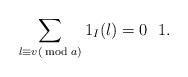
LaTeX: \begin{align*}\sum_{l\equiv v(\bmod a)}1_{I}(l)= 0 ~ ~1.\end{align*}